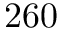
2 6 0